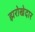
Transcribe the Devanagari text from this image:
झरोखेदार